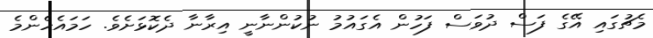
މެޗުގައި އޭގެ ފަސް ދުވަސް ފަހުން އެގައުމު ނުކުންނާނީ އިރާނާ ދެކޮޅަށެވެ. ހަމައެހެންމެ